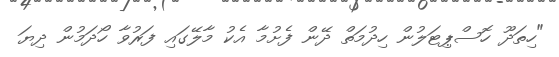
"ހިތަދޫ ހޮސްޕިޓަލުން ހިދުމަތް ދޭން ފެށުމާ އެކު މާލޭގައި ފަރުވާ ހޯދަމުން ދިޔަ